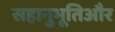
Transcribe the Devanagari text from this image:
सहानुभूतिऔर